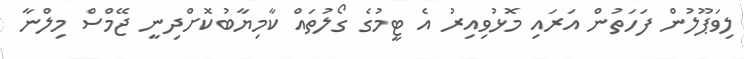
ލިވަޕޫލުން ފަހަތުން އަރައި މޮޅުވިއިރު އެ ޓީމުގެ ގޯލުތައް ކާމިޔާބުކޮށްދިނީ ޖޭމްސް މިލްނާ